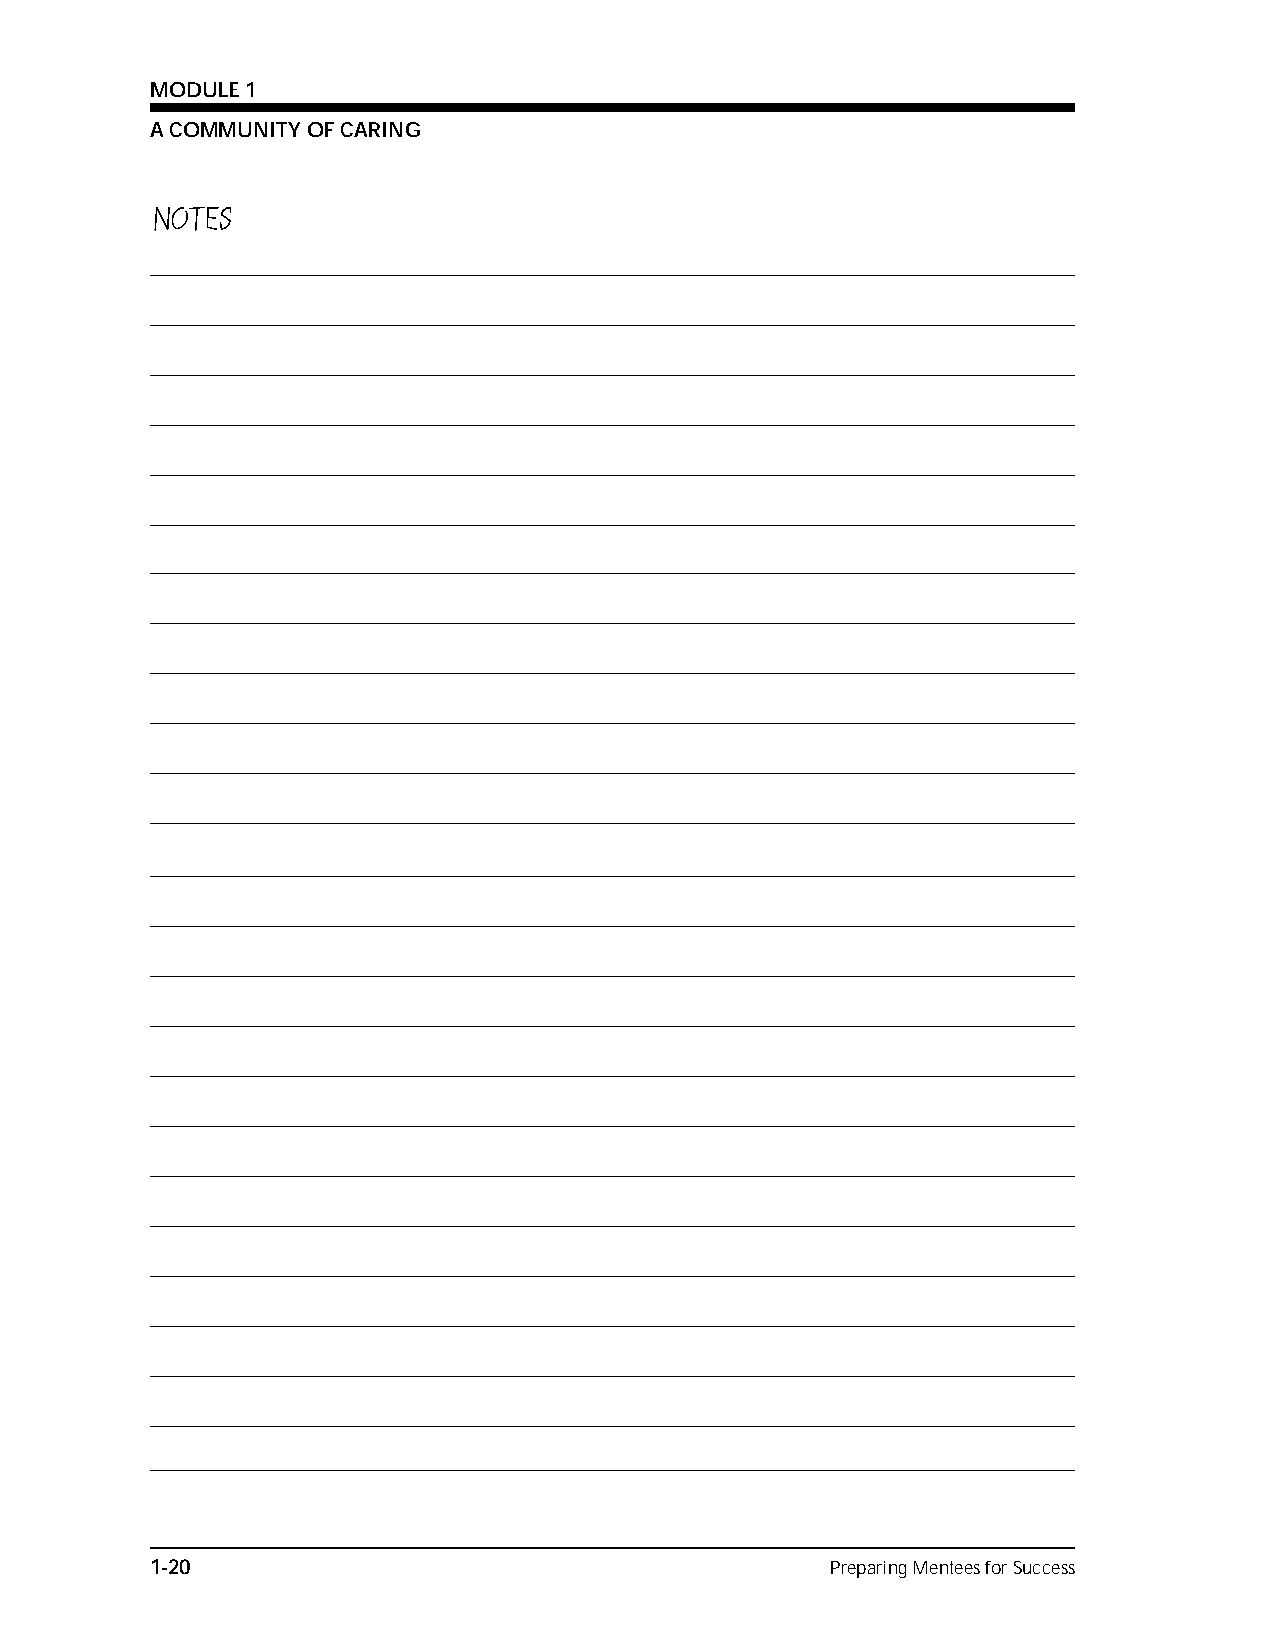
MODULE 1
 A COMMUNITY OF CARING
 NOTES
 1-20                                         Preparing Mentees for Success